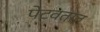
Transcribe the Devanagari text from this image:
पेटवतात